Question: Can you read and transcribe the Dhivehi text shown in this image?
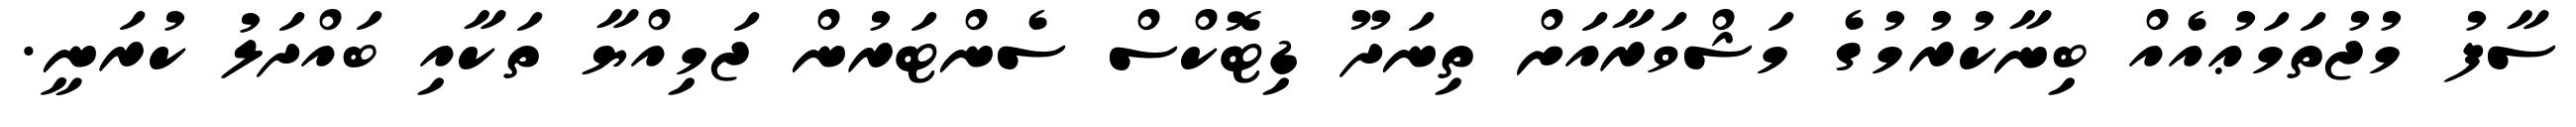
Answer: ސާފު މުޖުތަމަޢުއެއް ބިނާކުރުމުގެ މަޝްވަރާއަށް ތިނަދޫ ޑިޓޮކްސް ސެންޓަރުން ޖަމިއްޔާ ތަކާއި ބައްދަލު ކުރަނީ.